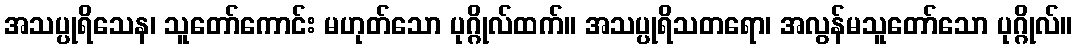
အသပ္ပုရိသေန၊ သူတော်ကောင်း မဟုတ်သော ပုဂ္ဂိုလ်ထက်။ အသပ္ပုရိသတရော၊ အလွန်မသူတော်သော ပုဂ္ဂိုလ်။